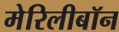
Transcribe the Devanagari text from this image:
मेरिलीबॉन